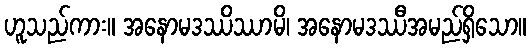
ဟူသည်ကား။ အနောမဒဿိဿာမိ၊ အနောမဒဿီအမည်ရှိသော။